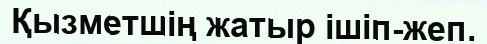
Қызметшің жатыр ішіп-жеп.